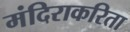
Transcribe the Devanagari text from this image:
मंदिराकरिता